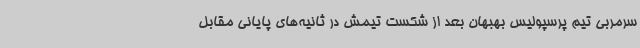
سرمربی تیم پرسپولیس بهبهان بعد از شکست تیمش در ثانیه‌های پایانی مقابل